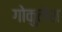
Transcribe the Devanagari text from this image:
गोकुलेश